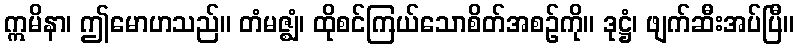
ဣမိနာ၊ ဤမောဟသည်။ တံမဇ္ဈံ၊ ထိုစင်ကြယ်သောစိတ်အစဉ်ကို။ ဒုဋ္ဌံ၊ ဖျက်ဆီးအပ်ပြီ။